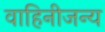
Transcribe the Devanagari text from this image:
वाहिनीजन्य